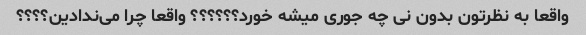
واقعا به نظرتون بدون نی چه جوری میشه خورد؟؟؟؟؟؟ واقعا چرا می‌ندادین؟؟؟؟